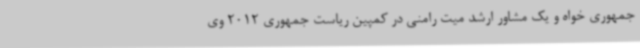
جمهوری خواه و یک مشاور ارشد میت رامنی در کمپین ریاست جمهوری 2012 وی